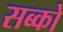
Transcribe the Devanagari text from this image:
सब्को